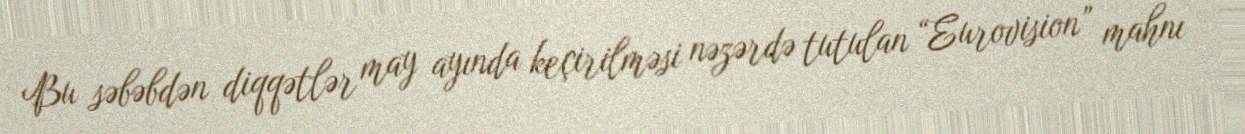
Bu səbəbdən diqqətlər may ayında keçirilməsi nəzərdə tutulan “Eurovision” mahnı